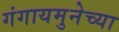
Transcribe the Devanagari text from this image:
गंगायमुनेच्या